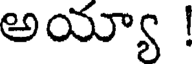
అయ్యా !